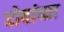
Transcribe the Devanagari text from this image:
दोषांच्या